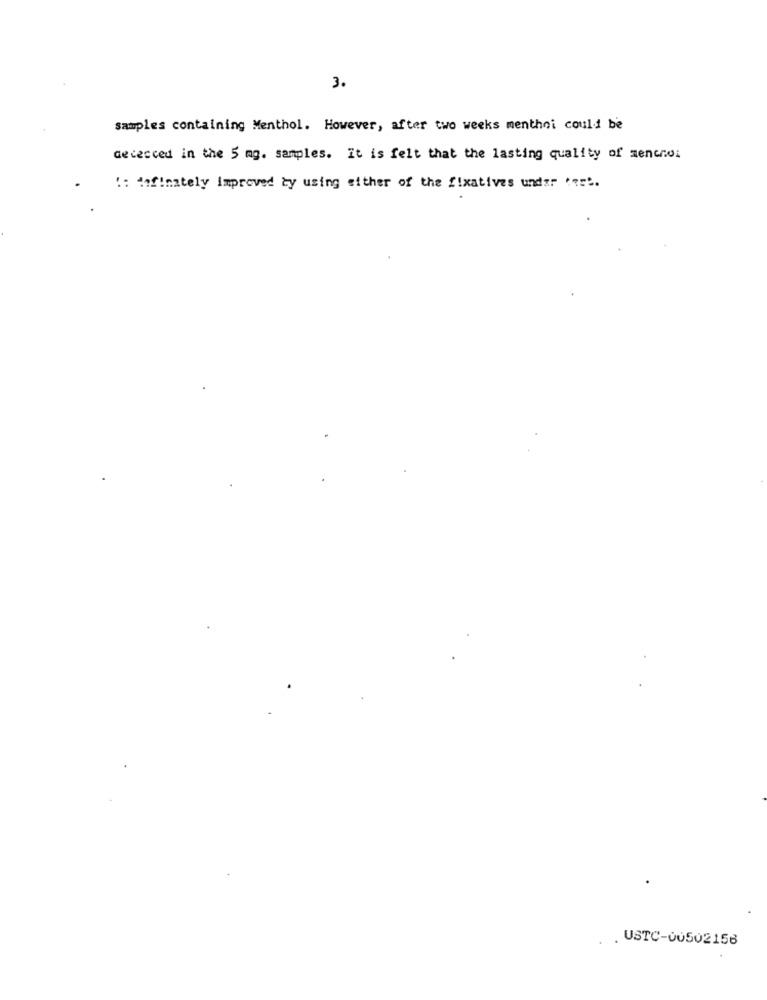
3.
samples containing Menthol. However, after two weeks menthei could be
Gececced in the 5 mg. samples. it is felt that the lasting quality of menchoi
!: definately improved ty using either of the fixatives under her !.
. USTC-00502158